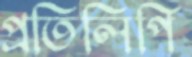
প্রতিলিপি